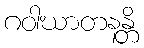
ဂဝါဃာတနန္တိ